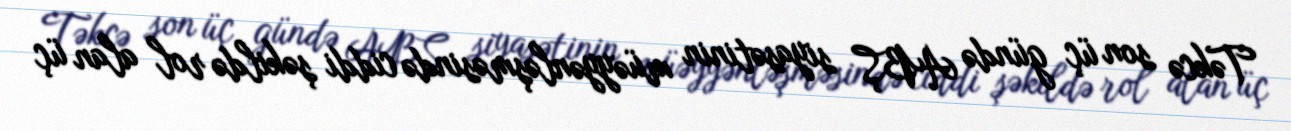
Təkcə son üç gündə ABŞ siyasətinin müəyyənləşməsində ciddi şəkildə rol alan üç